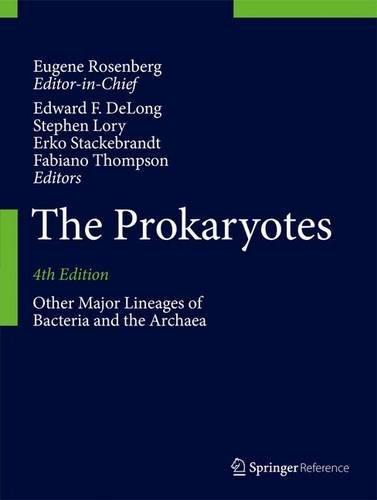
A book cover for The Prokaryotes: Other Major Lineages of Bacteria and The Archaea; Medical Books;